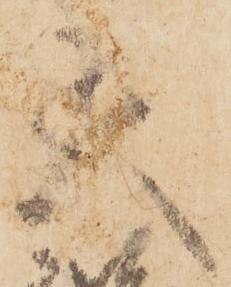
天